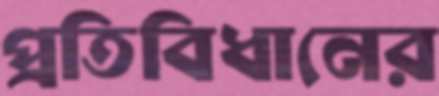
প্রতিবিধানের